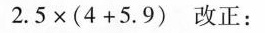
$$2 . 5 \times ( 4 + 5 . 9 )$$ 改正：